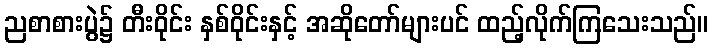
ညစာစားပွဲ၌ တီးဝိုင်း နှစ်ဝိုင်းနှင့် အဆိုတော်များပင် ထည့်လိုက်ကြသေးသည်။